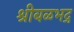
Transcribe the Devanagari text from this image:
श्रीबळभद्र